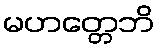
မဟတ္တေဘိ